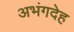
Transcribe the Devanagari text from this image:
अभंगदेह